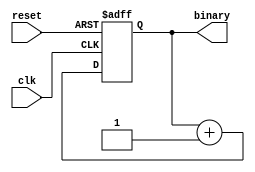
module binary_counter
  #(parameter BITS=4)
  (
    input wire clk, reset,
    output reg [BITS-1:0] binary
  );

  always @ ( posedge(clk), negedge(reset) )
  begin
    if(~reset)
      binary <= 0;
    else
      binary <= binary + 1;
  end

endmodule